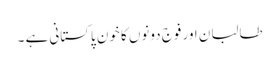
طالبان اور فوج دونوں کا خون پاکستانی ہے ۔